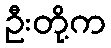
ဦးတို့က